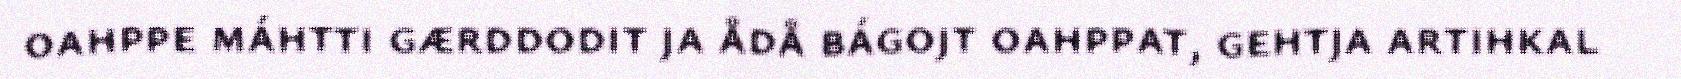
oahppe máhtti gærddodit ja ådå bágojt oahppat, gehtja artihkal